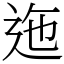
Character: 迤